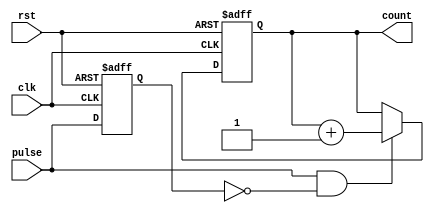
module pulse_counter (
    input wire clk,          // Clock signal
    input wire rst,          // Asynchronous reset signal
    input wire pulse,        // Pulse input signal
    output reg [7:0] count   // 8-bit count output
);

    // Internal signal for edge detection
    reg pulse_prev;

    // Asynchronous reset and counting logic
    always @(posedge clk or posedge rst) begin
        if (rst) begin
            count <= 8'b0;    // Reset count to zero
            pulse_prev <= 1'b0; // Initialize previous pulse state
        end else begin
            // Edge detection: increment count on rising edge of pulse
            if (pulse && !pulse_prev) begin
                count <= count + 1; // Increment count
            end
            pulse_prev <= pulse; // Update previous pulse state
        end
    end

endmodule